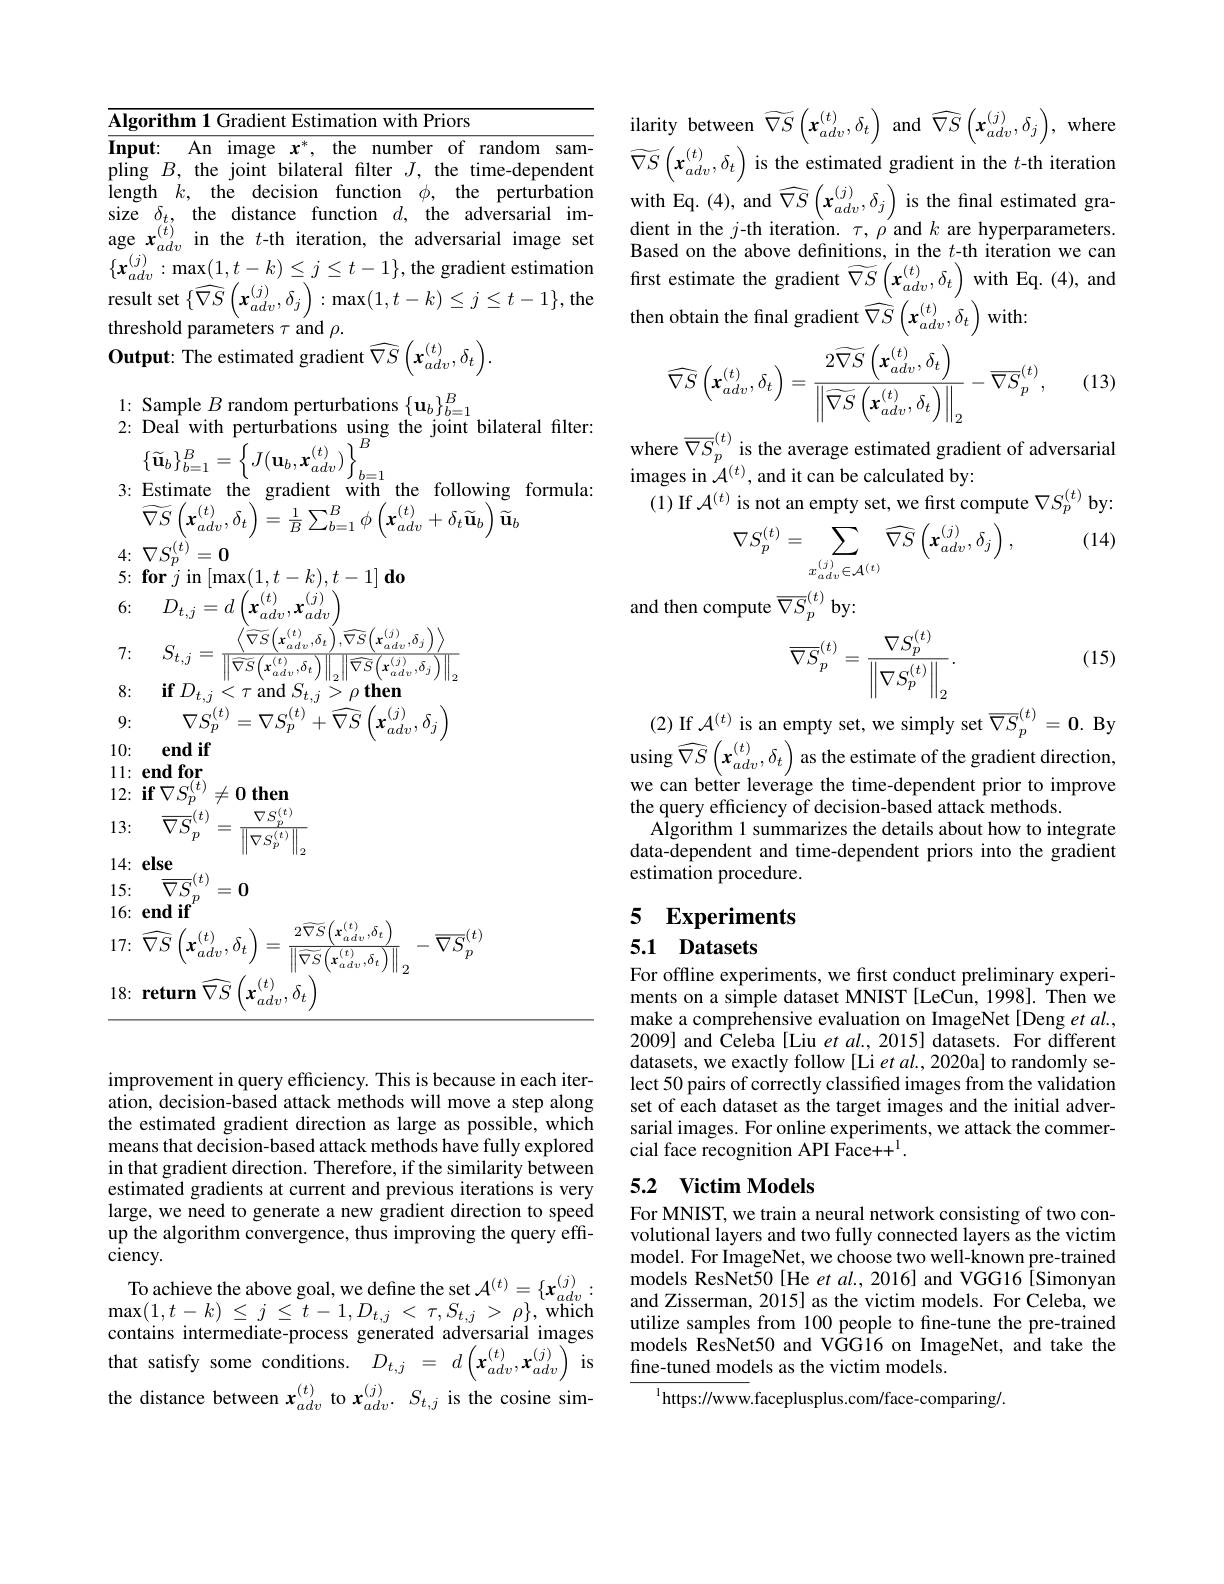
Algorithm 1 Gradient Estimation with Priors
$\overline{\textbf{Input: An image }x^{*},\:\text{the number of random sam-}}$ pling $B$, the joint bilateral filter $J$, the time-dependent length $k$, the decision function $\phi$, the perturbation size $\delta_t$, the distance function $d$, the adversarial image $x_{adv}^{(t)}$ in the $t$-th iteration, the adversarial image set $\{\boldsymbol{x}_{adv}^{(j)}:\operatorname*{max}(1,t-k)\leq j\leq t-1\}$,the gradient estimation result set $\{\widehat{\nabla S}\left(\boldsymbol{x}_{adv}^{(j)},\delta_{j}\right):\max(1,t-k)\leq j\leq t-1\}$,the threshold parameters $\tau$ aind $\rho .$ $\textbf{Output: The estimated gradient}\widehat {\nabla S}\left ( \mathbf{x} _{adv}^{( t) }, \delta _{t}\right ) .$

1: Sample $B$ random perturbations $\{\mathbf{u}_b\}_{b=1}^B$

2: Deal with perturbations using the joint bilateral filter:

$\left\{\widetilde{\mathbf{u}}_{b}\right\}_{b=1}^{B}=\left\{J(\mathbf{u}_{b},\mathbf{x}_{adv}^{(t)})\right\}_{b=1}^{B}$

3: Estimate the gradient with the following formula:

$\widetilde{\nabla S}\left(\boldsymbol{x}_{adv}^{(t)},\delta_{t}\right)=\frac{1}{B}\sum_{b=1}^{B}\phi\left(\boldsymbol{x}_{adv}^{(t)}+\delta_{t}\widetilde{\mathbf{u}}_{b}\right)\widetilde{\mathbf{u}}_{b}$

$4\colon\nabla S_{p}^{(t)}=0$

$5{: }\textbf{for}j$in$\left [ \max ( 1, t- k) , t- 1\right ] \textbf{do}$

6: $D_{t, j}= d\left ( \boldsymbol{x}_{adv}^{( t) }, \boldsymbol{x}_{adv}^{( j) }\right )$

7{:} $S_{t, j}= \frac {\left \langle \widetilde {\nabla S}\left ( \mathbf{x} _{adv}^{( t) }, \delta _{t}\right ) , \widehat {\nabla S}\left ( \mathbf{x} _{adv}^{( j) }, \delta _{j}\right ) \right \rangle }{\left \| \widetilde {\nabla S}\left ( \mathbf{x} _{adv}^{( t) }, \delta _{t}\right ) \right \| _{2}\left \| \widehat {\nabla S}\left ( \mathbf{x} _{adv}^{( j) }, \delta _{j}\right ) \right \| _{2}}$

8:

$\mathbf{if}D_{t,j}<\tau$ and $S_{t, j}> \rho \textbf{ then}$

9:

$\nabla S_{p}^{(t)}=\nabla S_{p}^{(t)}+\widehat{\nabla S}\left(\mathbf{x}_{adv}^{(j)},\delta_{j}\right)$

10:

end if

$11: \textbf{end for}$

$12: \textbf{if}\nabla S_{p}^{( t) }\neq 0$then

13: $\overline {\nabla S}_{p}^{( t) }= \frac {\nabla S_{p}^{( t) }}{\left \| \nabla S_{p}^{( t) }\right \| _{2}}$

15: $\overline {\nabla S}_{p}^{( t) }= \mathbf{0}$ $16\nobreak {: } $ $\mathbf{end~if}$

$17\nobreak {: } $ $\widehat {\nabla S}\left ( \boldsymbol{x}_{adv}^{( t) }, \delta _{t}\right ) = \frac {2\widetilde {\nabla S}\left ( \mathbf{x} _{adv}^{( t) }, \delta _{t}\right ) }{\left \| \widetilde {\nabla S}\left ( \mathbf{x} _{adv}^{( t) }, \delta _{t}\right ) \right \| }_{2}- \overline {\nabla S}_{p}^{( t) }$

18{:} $\textbf{return}$ $\widehat {\nabla S}\left ( \mathbf{x} _{adv}^{( t) }, \delta _{t}\right )$

ilarity between $\widetilde\nabla S\left(\mathbf{x}_{adv}^{(t)},\delta_{t}\right)$ and $\widehat\nabla S\left(\mathbf{x}_{adv}^{(j)},\delta_{j}\right)$, where $\widetilde{\nabla S}\left(\boldsymbol{x}_{adv}^{(t)},\delta_{t}\right)$ is the estimated gradient in the $t$-th iteration with Eq. (4), and $\widehat\nabla S\left(\boldsymbol x_{adv}^{(j)},\delta_{j}\right)$ is the final estimated gra dient in the $j$-th iteration. $\tau,\rho$ and $k$ are hyperparameters Based on the above definitions, in the $t$-th iteration we can first estimate the gradient $\widetilde\nabla S\left(\mathbf{x}_{adv}^{(t)},\delta_{t}\right)$ with Eq. (4), and then obtain the final gradient $\widehat{\nabla S}\left(\boldsymbol x_{adv}^{(t)},\delta_{t}\right)$ with
(13)
$$\widehat{\nabla S}\left(\boldsymbol{x}_{adv}^{(t)},\delta_{t}\right)=\frac{2\widehat{\nabla S}\left(\boldsymbol{x}_{adv}^{(t)},\delta_{t}\right)}{\left\|\widetilde{\nabla S}\left(\boldsymbol{x}_{adv}^{(t)},\delta_{t}\right)\right\|_{2}}-\overline{\nabla S}_{p}^{(t)},$$
where $\overline{\nabla S}_{p}^{(t)}$ is the average estimated gradient of adversaria
images in $\tilde{\mathcal{A}}^{(t)}$, and it can be calculated by:
(1) If $\mathcal{A}^(t)$ is not an empty set, we first compute $\nabla S_p^{(t)}$ by:

(14)
$$\nabla S_{p}^{(t)}=\sum_{x_{adv}^{(j)}\in\mathcal{A}^{(t)}}\widehat{\nabla S}\left(\boldsymbol{x}_{adv}^{(j)},\delta_{j}\right),$$
and then compute $\overline{\nabla S}_{p}^{(t)}$ by

(15)
$$\overline{\nabla S}_p^{(t)}=\frac{\nabla S_p^{(t)}}{\left\|\nabla S_p^{(t)}\right\|_2}.$$
(2) If $\mathcal{A}^(t)$ is an empty set, we simply set $\overline\nabla S_{p}^{(t)}=\mathbf{0}.$ By using $\widehat {\nabla S}\left ( \mathbf{x} _{adv}^{( t) }, \delta _{t}\right )$as the estimate of the gradient direction, we can better leverage the time- dependent prior to improve

the query efficiency of decision-based attack methods.
Algorithm 1 summarizes the details about how to integrate data-dependent and time-dependent priors into the gradient estimation procedure.

# 5 Experiments

## 5.1 Datasets

For offline experiments, we fırst conduct preliminary experiments on a simple dataset MNIST [LeCun, 1998]. Then we make a comprehensive evaluation on ImageNet [Deng $et\textit{al. , }$ 2009] and Celeba [Liu $etal.,2015]$ datasets. For different datasets, we exactly follow [Li et al., 2020a] to randomly select 50 pairs of correctly classified images from the validation set of each dataset as the target images and the initial adversarial images. For online experiments, we attack the commercial face recognition API Face++1.

## 5.2 Victim Models

For MNIST, we train a neural network consisting of two convolutional layers and two fully connected layers as the victim model. For ImageNet, we choose two well-known pre-trained models ResNet50[He et al., 2016] and VGG16 [Simonyan and Zisserman, 2015] as the victim models. For Celeba, we utilize samples from 100 people to fine-tune the pre-trained models ResNet50 and VGG16 on ImageNet, and take the fine-tuned models as the victim models.

$^{1}$https://www.faceplusplus.com/face-comparing/

improvement in query efficiency. This is because in each iteration, decision-based attack methods will move a step along the estimated gradient direction as large as possible, which means that decision-based attack methods have fully explored in that gradient direction. Therefore, if the similarity between estimated gradients at current and previous iterations is very large, we need to generate a new gradient direction to speed up the algorithm convergence, thus improving the query effi- $\bar{\text{ciency}}.$
To achieve the above goal, we define the set $\mathcal{A}^{(t)}=\{\boldsymbol{x}_{adv}^{(j)}:$ $\operatorname* { max} ( 1, t- k)$ $\leq$ $j$ $\leq$ $\tilde{t} - 1, D_{t, j}$ < $\tau , S_{t, j}$ > $\rho \} $,which contains intermediate-process generated adversarial images that satisfy some conditions.$D_{t,j}=d\left(\mathbf{x}_{adv}^{(t)},\mathbf{x}_{adv}^{(j)}\right)$is the distance between $x_{adv}^{(t)}$ to $x_{adv}^{(j)}.S_{t,j}$ is the cosine sim-